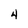
Character: 4